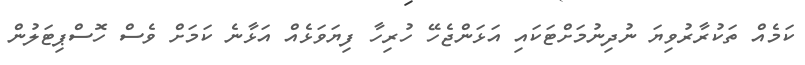
ކަމެއް ތަކުރާރުވިޔަ ނުދިނުމަށްޓަކައި އަޅަންޖެހޭ ހުރިހާ ފިޔަވަޅެއް އަޅާނެ ކަމަށް ވެސް ހޮސްޕިޓަލުން